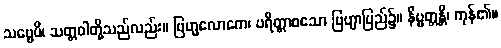
သဗ္ဗေပိ၊ သတ္တဝါတို့သည်လည်း။ ဗြဟ္မလောကေ၊ ပရိတ္တာစသော ဗြဟ္မာပြည်၌။ နိဗ္ဗတ္တန္တိ၊ ကုန်၏။